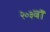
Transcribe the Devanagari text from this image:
२०३वॉ